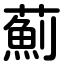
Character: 薊